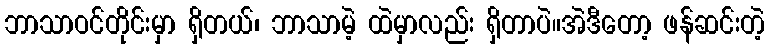
ဘာသာဝင်တိုင်းမှာ ရှိတယ်၊ ဘာသာမဲ့ ထဲမှာလည်း ရှိတာပဲ။အဲဒီတော့ ဖန်ဆင်းတဲ့